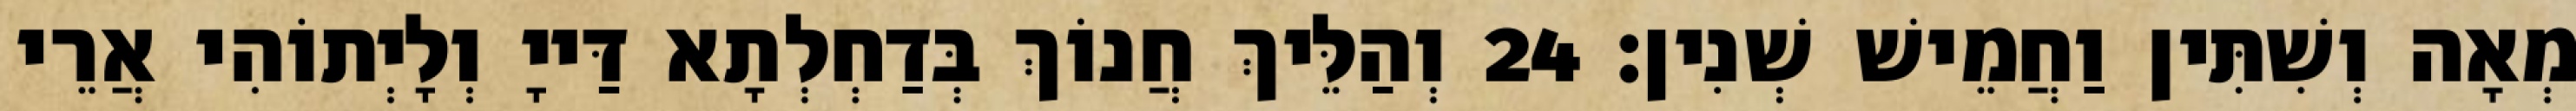
מְאָה וְשִׁתִּין וַחֲמֵישׁ שְׁנִין׃ 24 וְהַלֵּיךְ חֲנוֹךְ בְּדַחְלְתָא דַּייָ וְלָיְתוֹהִי אֲרֵי